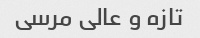
تازه و عالی مرسی